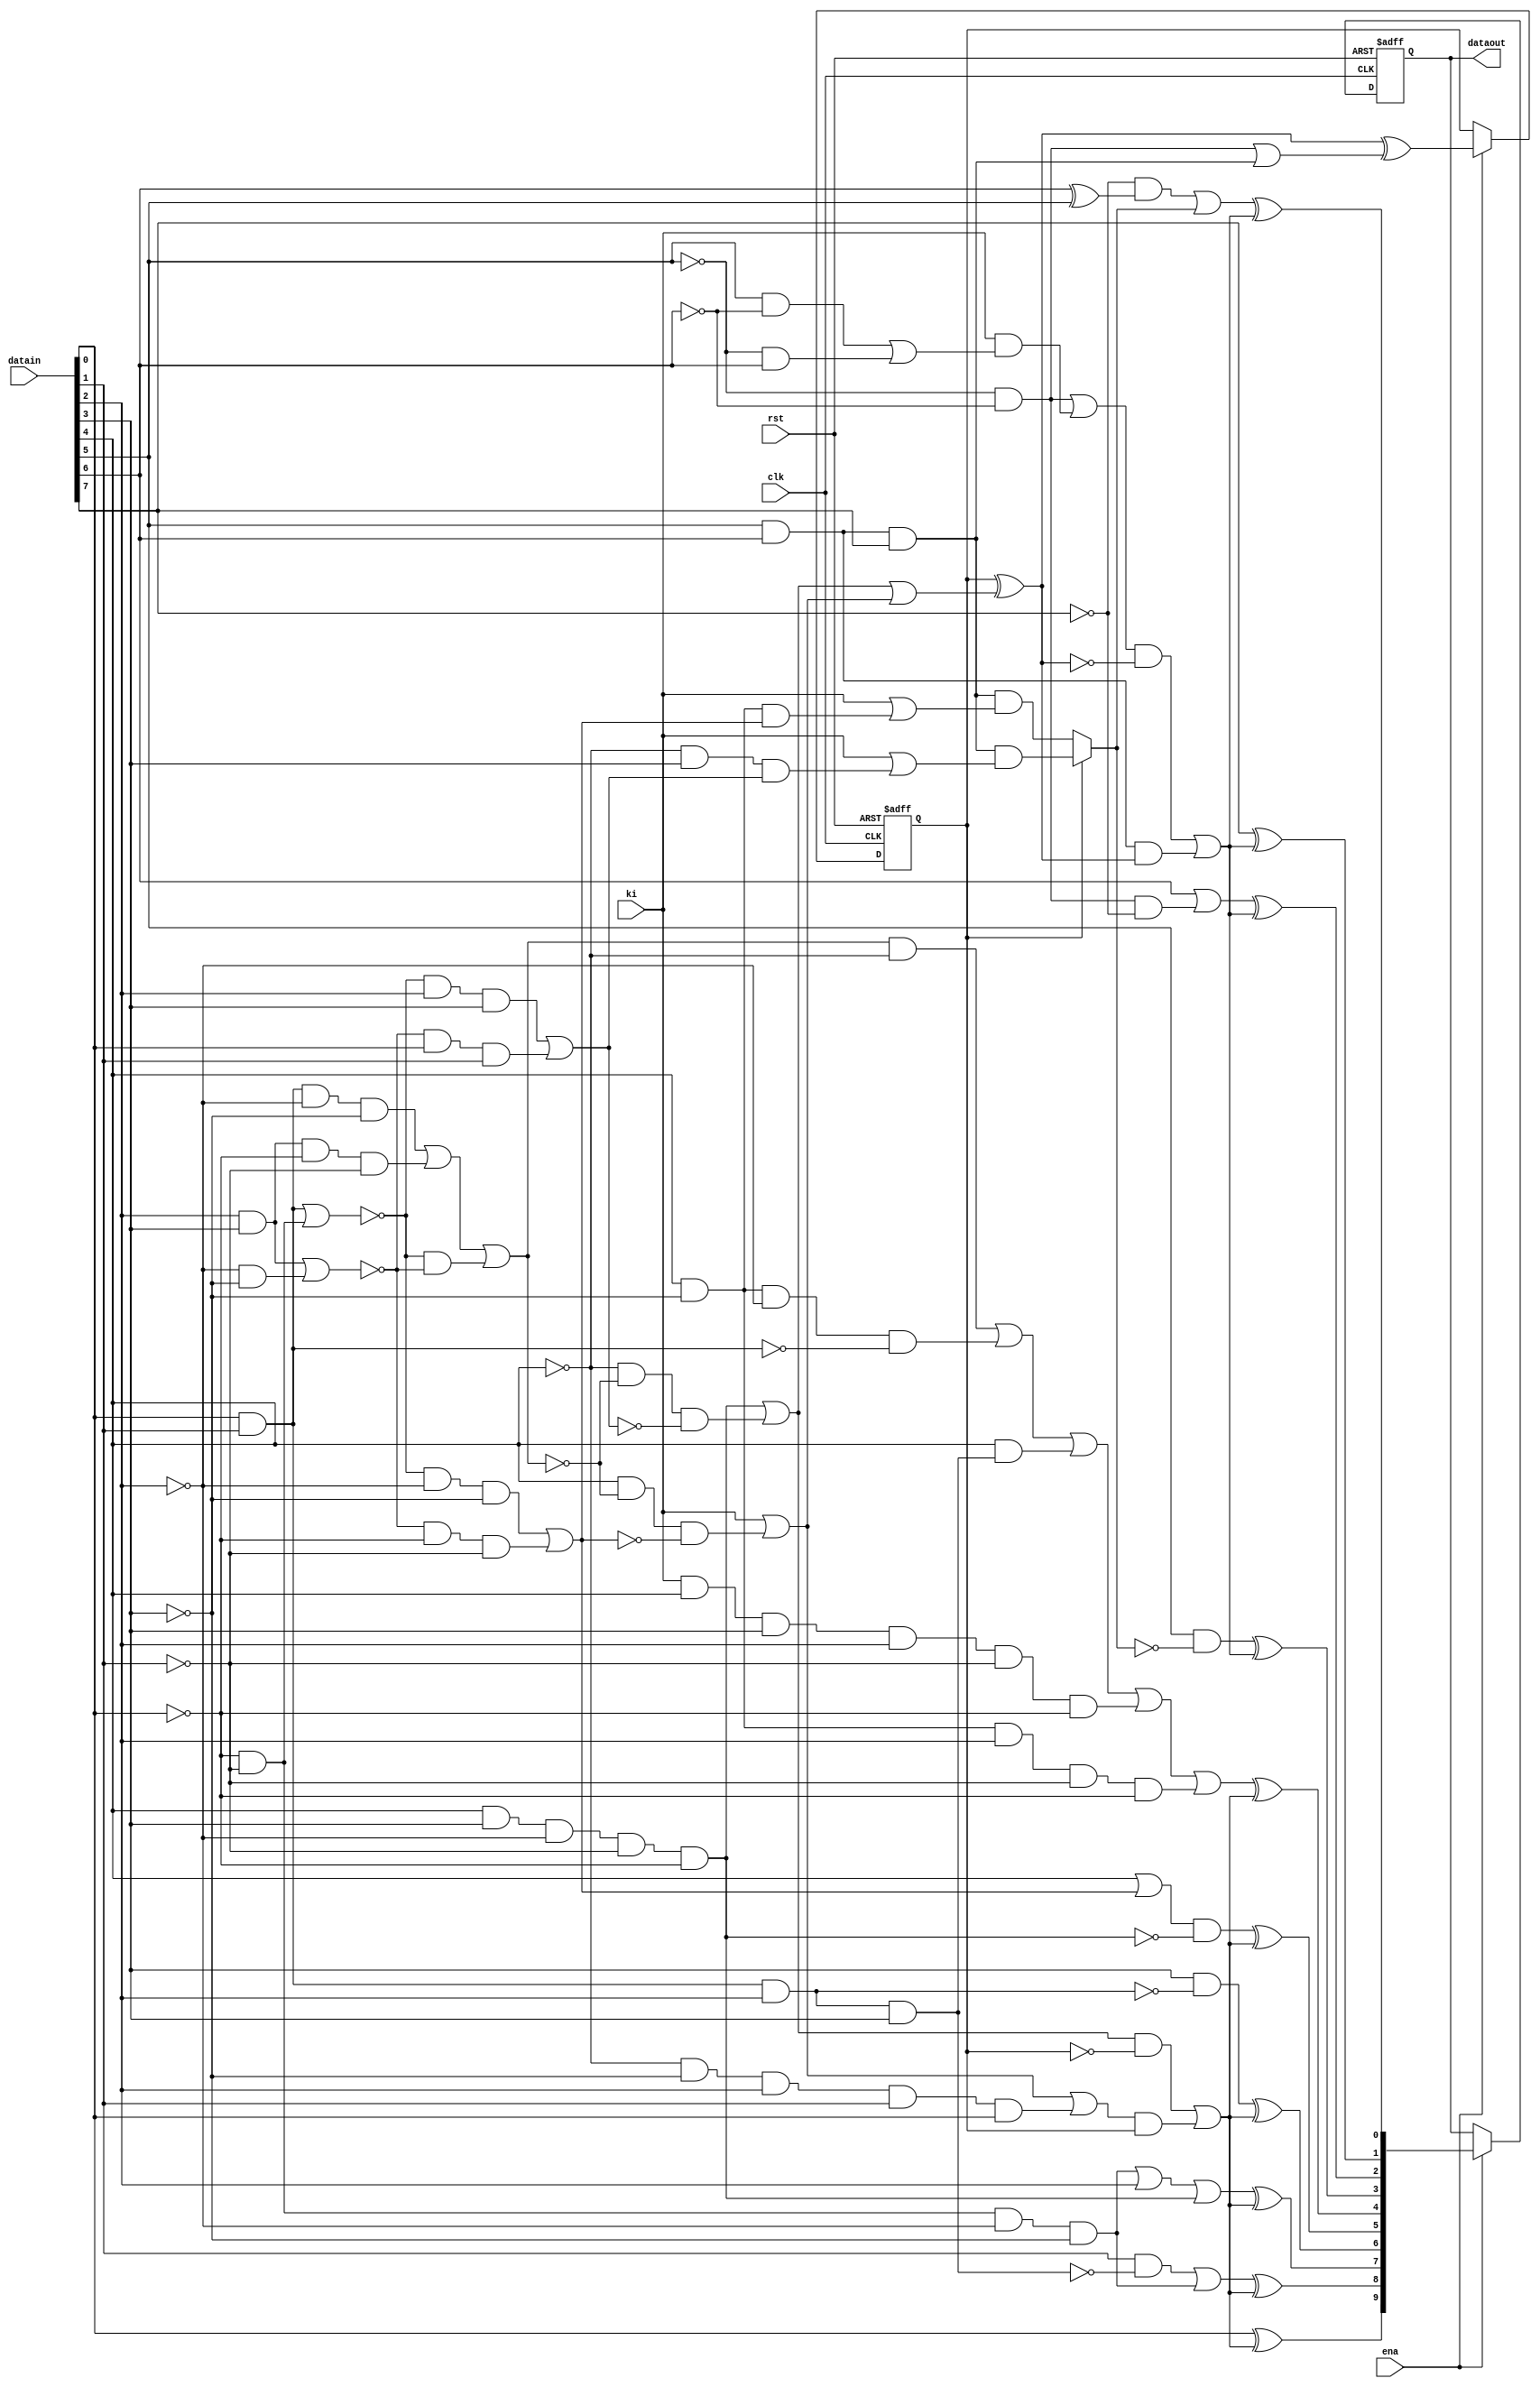
// Chuck Benz, Hollis, NH   Copyright (c)2002
//
// The information and description contained herein is the
// property of Chuck Benz.
//
// Permission is granted for any reuse of this information
// and description as long as this copyright notice is
// preserved.  Modifications may be made as long as this
// notice is preserved.

// per Widmer and Franaszek
// Changed to VHDL by Frans Schreuder, original verilog code: http://asics.chuckbenz.com/#My_open_source_8b10b_encoderdecoder
// Translated back into Verilog by Lucas Schreiter

module enc_8b10b_mopshub(
		input rst,
		input clk,
		input ena,
		input ki,	// Control (K) input(active high)
		input [7:0] datain,
		output [9:0] dataout
	);
	reg dispin;
	
	wire ai = datain[0];
	wire bi = datain[1];
	wire ci = datain[2];
	wire di = datain[3];
	wire ei = datain[4];
	wire fi = datain[5];
	wire gi = datain[6];
	wire hi = datain[7];
	
	wire aeqb = (ai & bi) | (!ai & !bi);
	wire ceqd = (ci & di) | (!ci & !di);
	wire l22 = 	(ai & bi & !ci & !di) | (ci & di & !ai & !bi) | (!aeqb & !ceqd);
	wire l40 = ai & bi & ci & di;
	wire l04 = !ai & !bi & !ci & !di;
	wire l13 = (!aeqb & !ci & !di) | ( !ceqd & !ai & !bi);
	wire l31 = (!aeqb & ci & di) | ( !ceqd & ai & bi);
	
	// The 5B/6B encoding
	wire ao = ai;
	wire bo = (bi & !l40) | l04;
	wire co = l04 | ci | (ei & di & !ci & !bi & !ai);
	wire do = di & (!(ai & bi & ci));
	wire eo = (ei | l13) & !(ei & di & !ci & !bi & !ai); 
	wire io = 	(l22 & !ei) | (ei & !di & !ci & !(ai & bi)) |  // D16, D17, D18
				(ei & l40) | (ki & ei & di & ci & !bi & !ai) | // K.28
				(ei & !di & ci & !bi & !ai);
	
	// pds16 indicates cases where d-1 is assumed + to get our encoded value
	wire pd1s6 = (ei & di & !ci & !bi & !ai) | (!ei & !l22 & !l31);
	// nds16 indicates cases where d-1 is assumed - to get our encoded value
	wire nd1s6 = ki | (ei & !l22 & !l13) | (!ei & !di & ci & bi & ai);
	
	// ndos6 is pds16 cases where d-1 is + yields - disp out - all of them
	wire ndos6 = pd1s6 ;
	// pdos6 is nds16 cases where d-1 is - yields + disp out - all but one
	wire pdos6 = ki | (ei & !l22 & !l13);
	
	// some Dx.7 and all Kx.7 cases result in run length of 5 case unless
	// an alternate coding is used (referred to as Dx.A7, normal is Dx.P7)
	// specifically, D11, D13, D14, D17, D18, D19.
	// wire alt7 = fi & gi & hi & (ki | (dispin ? (!ei & di & l31) : (ei & !di & l13)));
	wire alt7 = dispin ? (fi & gi & hi & (ki | (!ei & di & l31))) : (fi & gi & hi & (ki | (ei & !di & l13)));

	wire fo = fi & ! alt7;
	wire go = gi | (!fi & !gi & !hi);
	wire ho = hi;
	wire jo = (!hi & (gi ^ fi)) | alt7;
	
	// nd1s4 is cases where d-1 is assumed - to get our encoded value
	wire nd1s4 = fi & gi ;
	// pd1s4 is cases where d-1 is assumed + to get our encoded value
	wire pd1s4 = (!fi & !gi) | (ki & ((fi & !gi) | (!fi & gi)));
	
	// ndos4 is pd1s4 cases where d-1 is + yields - disp out - just some
	wire ndos4 = (!fi & !gi);
	// pdos4 is nd1s4 cases where d-1 is - yields + disp out 
	wire pdos4 = fi & gi & hi;
	
	// only legal K codes are K28.0->.7, K23/27/29/30.7
	//	K28.0->7 is ei=di=ci=1,bi=ai=0
	//	K23 is 10111
	//	K27 is 11011
	//	K29 is 11101
	//	K30 is 11110 - so K23/27/29/30 are ei & l31
	//wire illegalk = ki & 
	//	  (ai | bi | !ci | !di | !ei) & // not K28.0->7
	//	  (!fi | !gi | !hi | !ei | !l31) ; // not K23/27/29/30.7

	// now determine whether to do the complementing
	// complement if prev disp is - and pd1s6 is set, or + and nd1s6 is set
	
	wire compls6 = (pd1s6 & !dispin) | (nd1s6 & dispin);	

	// disparity out of 5b6b is disp in with pdso6 and ndso6
	// pds16 indicates cases where d-1 is assumed + to get our encoded value
	// ndos6 is cases where d-1 is + yields - disp out
	// nds16 indicates cases where d-1 is assumed - to get our encoded value
	// pdos6 is cases where d-1 is - yields + disp out
	// disp toggles in all ndis16 cases, and all but that 1 nds16 case
	
	wire disp6 = dispin ^ (ndos6 | pdos6);
	wire compls4 = (pd1s4 & !disp6) | (nd1s4 & disp6);
	wire dispout = disp6 ^ (ndos4 | pdos4);
	
	reg [9:0] dataout_r;
	
	
	always @ (posedge clk, negedge rst) begin : disp_proc
		if (!rst) begin
			dispin <= 0;
			dataout_r <= 10'b0;
		end 
		else if (ena == 1) begin
			dispin <= dispout;
      dataout_r <= {(ao ^ compls6), (bo ^ compls6),
               (co ^ compls6), (do ^ compls6),
               (eo ^ compls6), (io ^ compls6),
               (fo ^ compls4), (go ^ compls4),
               (ho ^ compls4), (jo ^ compls4)
              };
		end
	end
	 
	assign dataout = dataout_r;
	
endmodule